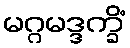
မဂ္ဂမဒ္ဒက္ခိံ